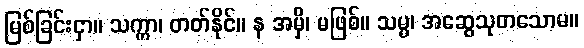
မြစ်ခြင်းငှာ။ သက္ကာ၊ တတ်နိုင်။ န အမှိ၊ မဖြစ်။ သမ္မ၊ အဆွေသုတသောမ။